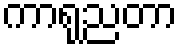
ကာရုညတာ